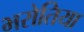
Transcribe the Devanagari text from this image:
भरोतिया